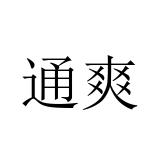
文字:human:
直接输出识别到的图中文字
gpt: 通爽